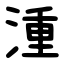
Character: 湩